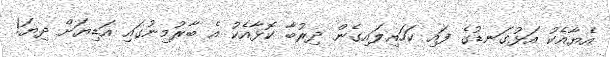
އެޔާއެކު އަޅުގަނޑުގެ ފައި ކަހައިލައިގެން ދިރުބާ ކޮޅާއެކު އެ ބާރުމިނުގައި އަޑިޔަށް ދިޔަ!